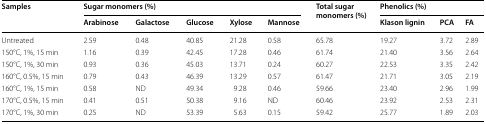
<table><thead><tr><td rowspan="2"><b>Samples</b></td><td colspan="5"><b>Sugar monomers (%)</b></td><td rowspan="2"><b>Total sugar monomers (%)</b></td><td colspan="3"><b>Phenolics (%)</b></td></tr><tr><td><b>Arabinose</b></td><td><b>Galactose</b></td><td><b>Glucose</b></td><td><b>Xylose</b></td><td><b>Mannose</b></td><td><b>Klason lignin</b></td><td><b>PCA</b></td><td><b>FA</b></td></tr></thead><tbody><tr><td>Untreated</td><td>2.59</td><td>0.48</td><td>40.85</td><td>21.28</td><td>0.58</td><td>65.78</td><td>19.27</td><td>3.72</td><td>2.89</td></tr><tr><td>150°C, 1%, 15 min</td><td>1.16</td><td>0.39</td><td>42.45</td><td>17.28</td><td>0.46</td><td>61.74</td><td>21.40</td><td>3.56</td><td>2.64</td></tr><tr><td>150°C, 1%, 30 min</td><td>0.93</td><td>0.36</td><td>45.03</td><td>13.71</td><td>0.24</td><td>60.27</td><td>22.53</td><td>3.35</td><td>2.42</td></tr><tr><td>160°C, 0.5%, 15 min</td><td>0.79</td><td>0.43</td><td>46.39</td><td>13.29</td><td>0.57</td><td>61.47</td><td>21.71</td><td>3.05</td><td>2.19</td></tr><tr><td>160°C, 1%, 15 min</td><td>0.58</td><td>ND</td><td>49.34</td><td>9.28</td><td>0.46</td><td>59.66</td><td>23.40</td><td>2.96</td><td>1.99</td></tr><tr><td>170°C, 0.5%, 15 min</td><td>0.41</td><td>0.51</td><td>50.38</td><td>9.16</td><td>ND</td><td>60.46</td><td>23.92</td><td>2.53</td><td>2.31</td></tr><tr><td>170°C, 1%, 30 min</td><td>0.25</td><td>ND</td><td>53.39</td><td>5.63</td><td>0.15</td><td>59.42</td><td>25.77</td><td>1.89</td><td>2.03</td></tr></tbody></table>